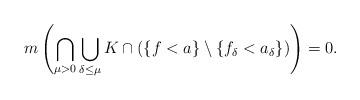
LaTeX: \begin{align*}m\left(\bigcap_{\mu>0}\bigcup_{\delta\leq \mu}K \cap\left(\{f<a\}\setminus \{f_\delta<a_\delta\}\right)\right)=0.\end{align*}